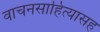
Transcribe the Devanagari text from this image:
वाचनसाहित्यासह